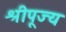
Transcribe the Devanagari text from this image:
श्रीपूज्य